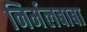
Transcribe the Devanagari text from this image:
निर्मलबाबा